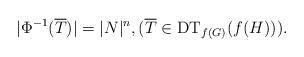
LaTeX: \begin{align*}\vert \Phi^{-1}(\overline{T})\vert = \vert N\vert^n,(\overline{T}\in \mathrm{DT}_{f(G)}(f(H))).\end{align*}